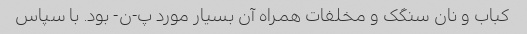
کباب و نان سنگک و مخلفات همراه آن بسیار مورد پ-ن- بود. با سپاس